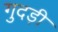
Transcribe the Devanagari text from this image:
गुदडी़